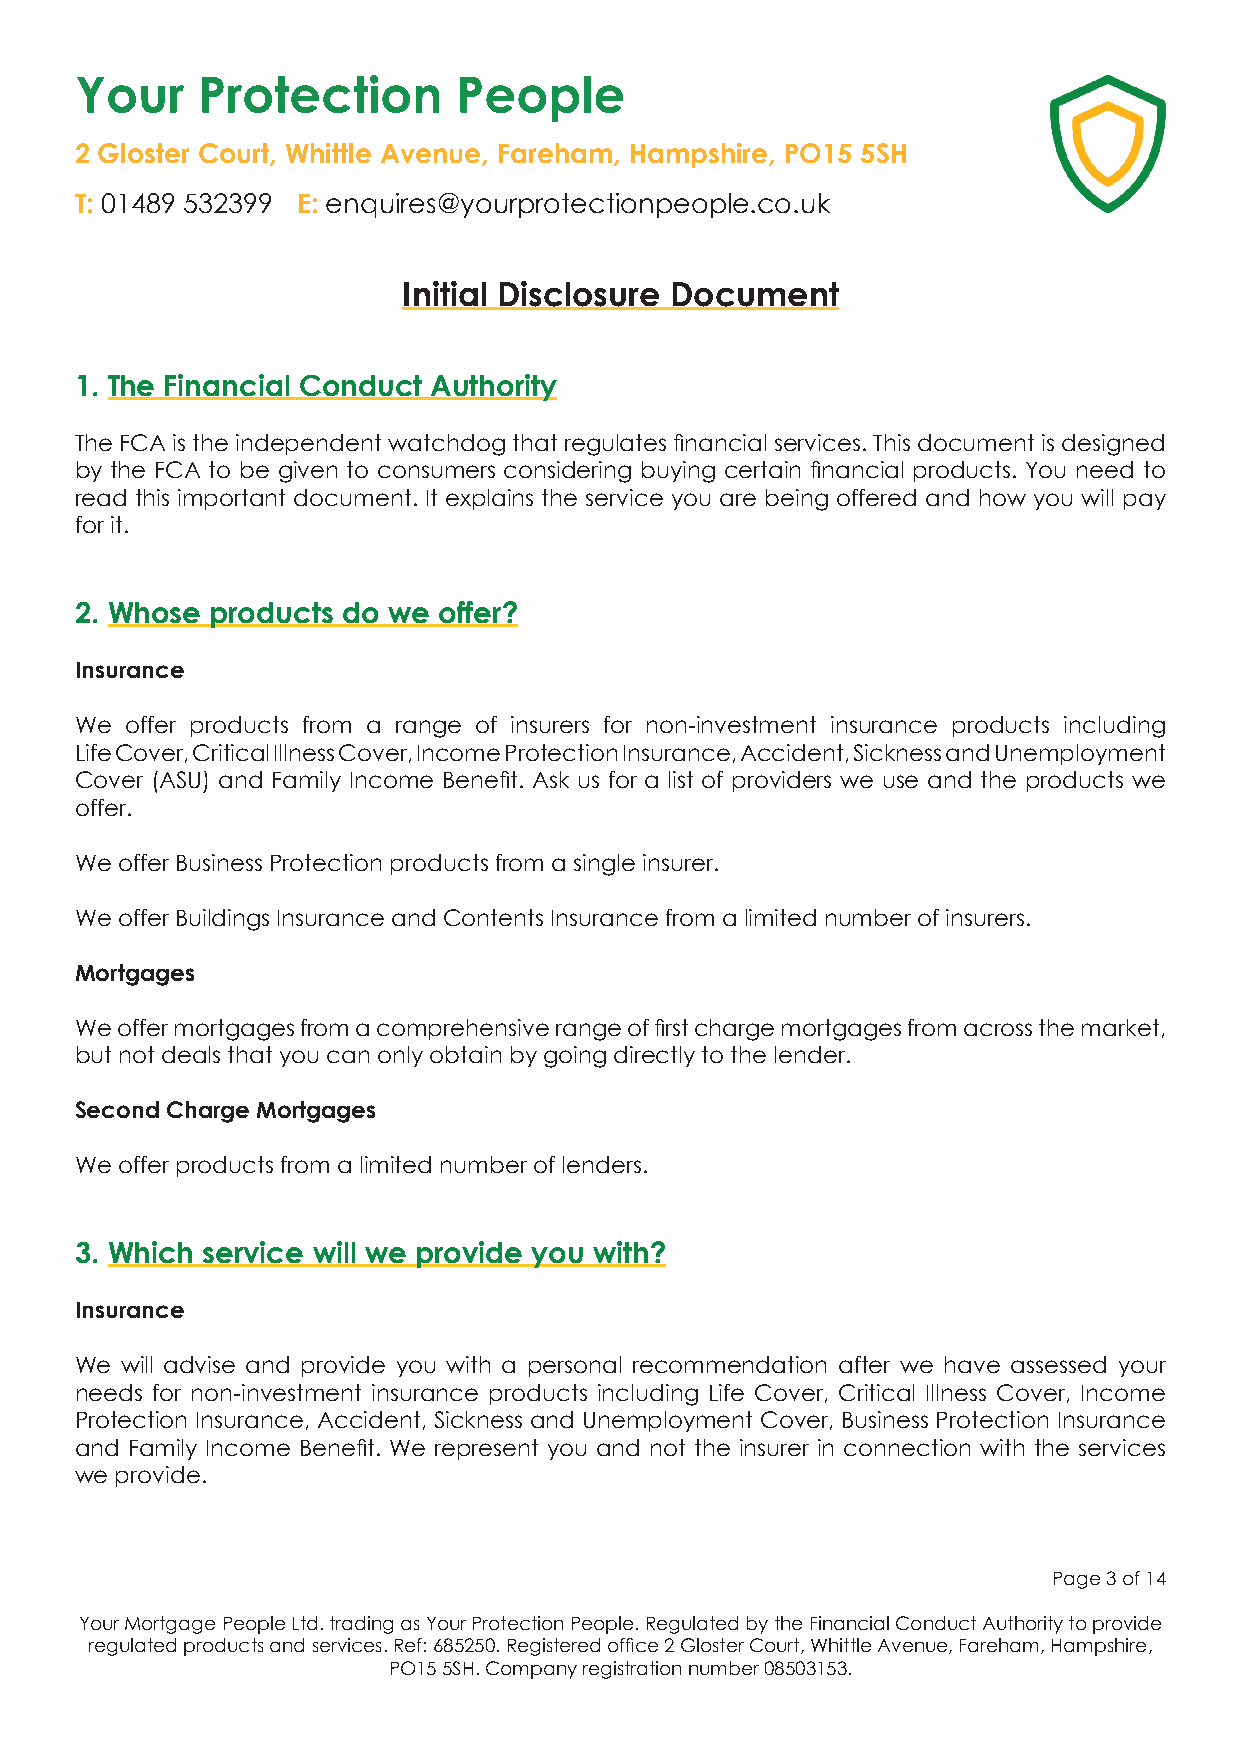
Your    Protection       People
 2 Gloster Court, Whittle Avenue, Fareham, Hampshire, PO15 5SH
 T: 01489 532399 E: enquires@yourprotectionpeople.co.uk
 Initial Disclosure Document
 1. The Financial Conduct Authority
 The FCA is the independent watchdog that regulates financial services. This document is designed
 by the FCA to be given to consumers considering buying certain financial products. You need to
 read this important document. It explains the service you are being offered and how you will pay
 for it.
 2. Whose products do we offer?
 Insurance
 We offer products from a range of insurers for non-investment insurance products including
 Life Cover, Critical Illness Cover, Income Protection Insurance, Accident, Sickness and Unemployment
 Cover (ASU) and Family Income Benefit. Ask us for a list of providers we use and the products we
 offer.
 We offer Business Protection products from a single insurer.
 We offer Buildings Insurance and Contents Insurance from a limited number of insurers.
 Mortgages
 We offer mortgages from a comprehensive range of first charge mortgages from across the market,
 but not deals that you can only obtain by going directly to the lender.
 Second Charge Mortgages
 We offer products from a limited number of lenders.
 3. Which service will we provide you with?
 Insurance
 We will advise and provide you with a personal recommendation after we have assessed your
 needs for non-investment insurance products including Life Cover, Critical Illness Cover, Income
 Protection Insurance, Accident, Sickness and Unemployment Cover, Business Protection Insurance
 and Family Income Benefit. We represent you and not the insurer in connection with the services
 we provide.
 Page 3 of 14
 Your Mortgage People Ltd. trading as Your Protection People. Regulated by the Financial Conduct Authority to provide
 regulated products and services. Ref: 685250. Registered office 2 Gloster Court, Whittle Avenue, Fareham, Hampshire,
 PO15 5SH. Company registration number 08503153.